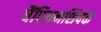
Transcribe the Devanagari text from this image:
चैंपियनशिपके